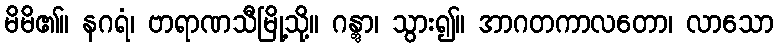
မိမိ၏။ နဂရံ၊ ဗာရာဏသီမြို့သို့။ ဂန္တွာ၊ သွား၍။ အာဂတကာလတော၊ လာသော